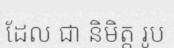
ដែល ជា និមិត្ត រូប